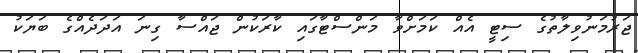
ޖަރުމަނުވިލާތުގެ ސިޓީ އެއް ކަމަށްވާ މަންސްޓާގައި ކާރަކުން ޖައްސާ ގިނަ އަދަދެއްގެ ބަޔަކު